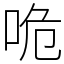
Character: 𠱓